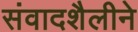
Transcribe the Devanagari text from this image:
संवादशैलीने